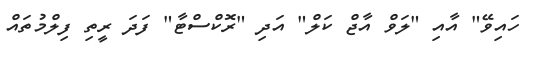
ހައިވޭ" އާއި "ލަވް އާޖް ކަލް" އަދި "ރޮކްސްޓާ" ފަދަ ރީތި ފިލްމުތައް